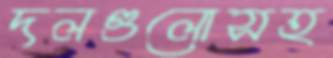
দলগুলোসহ